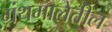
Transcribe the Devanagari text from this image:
ग्रंथमालेतील